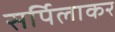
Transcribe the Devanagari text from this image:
सर्पिलाकर